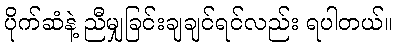
ပိုက်ဆံနဲ့ ညီမျှခြင်းချချင်ရင်လည်း ရပါတယ်။